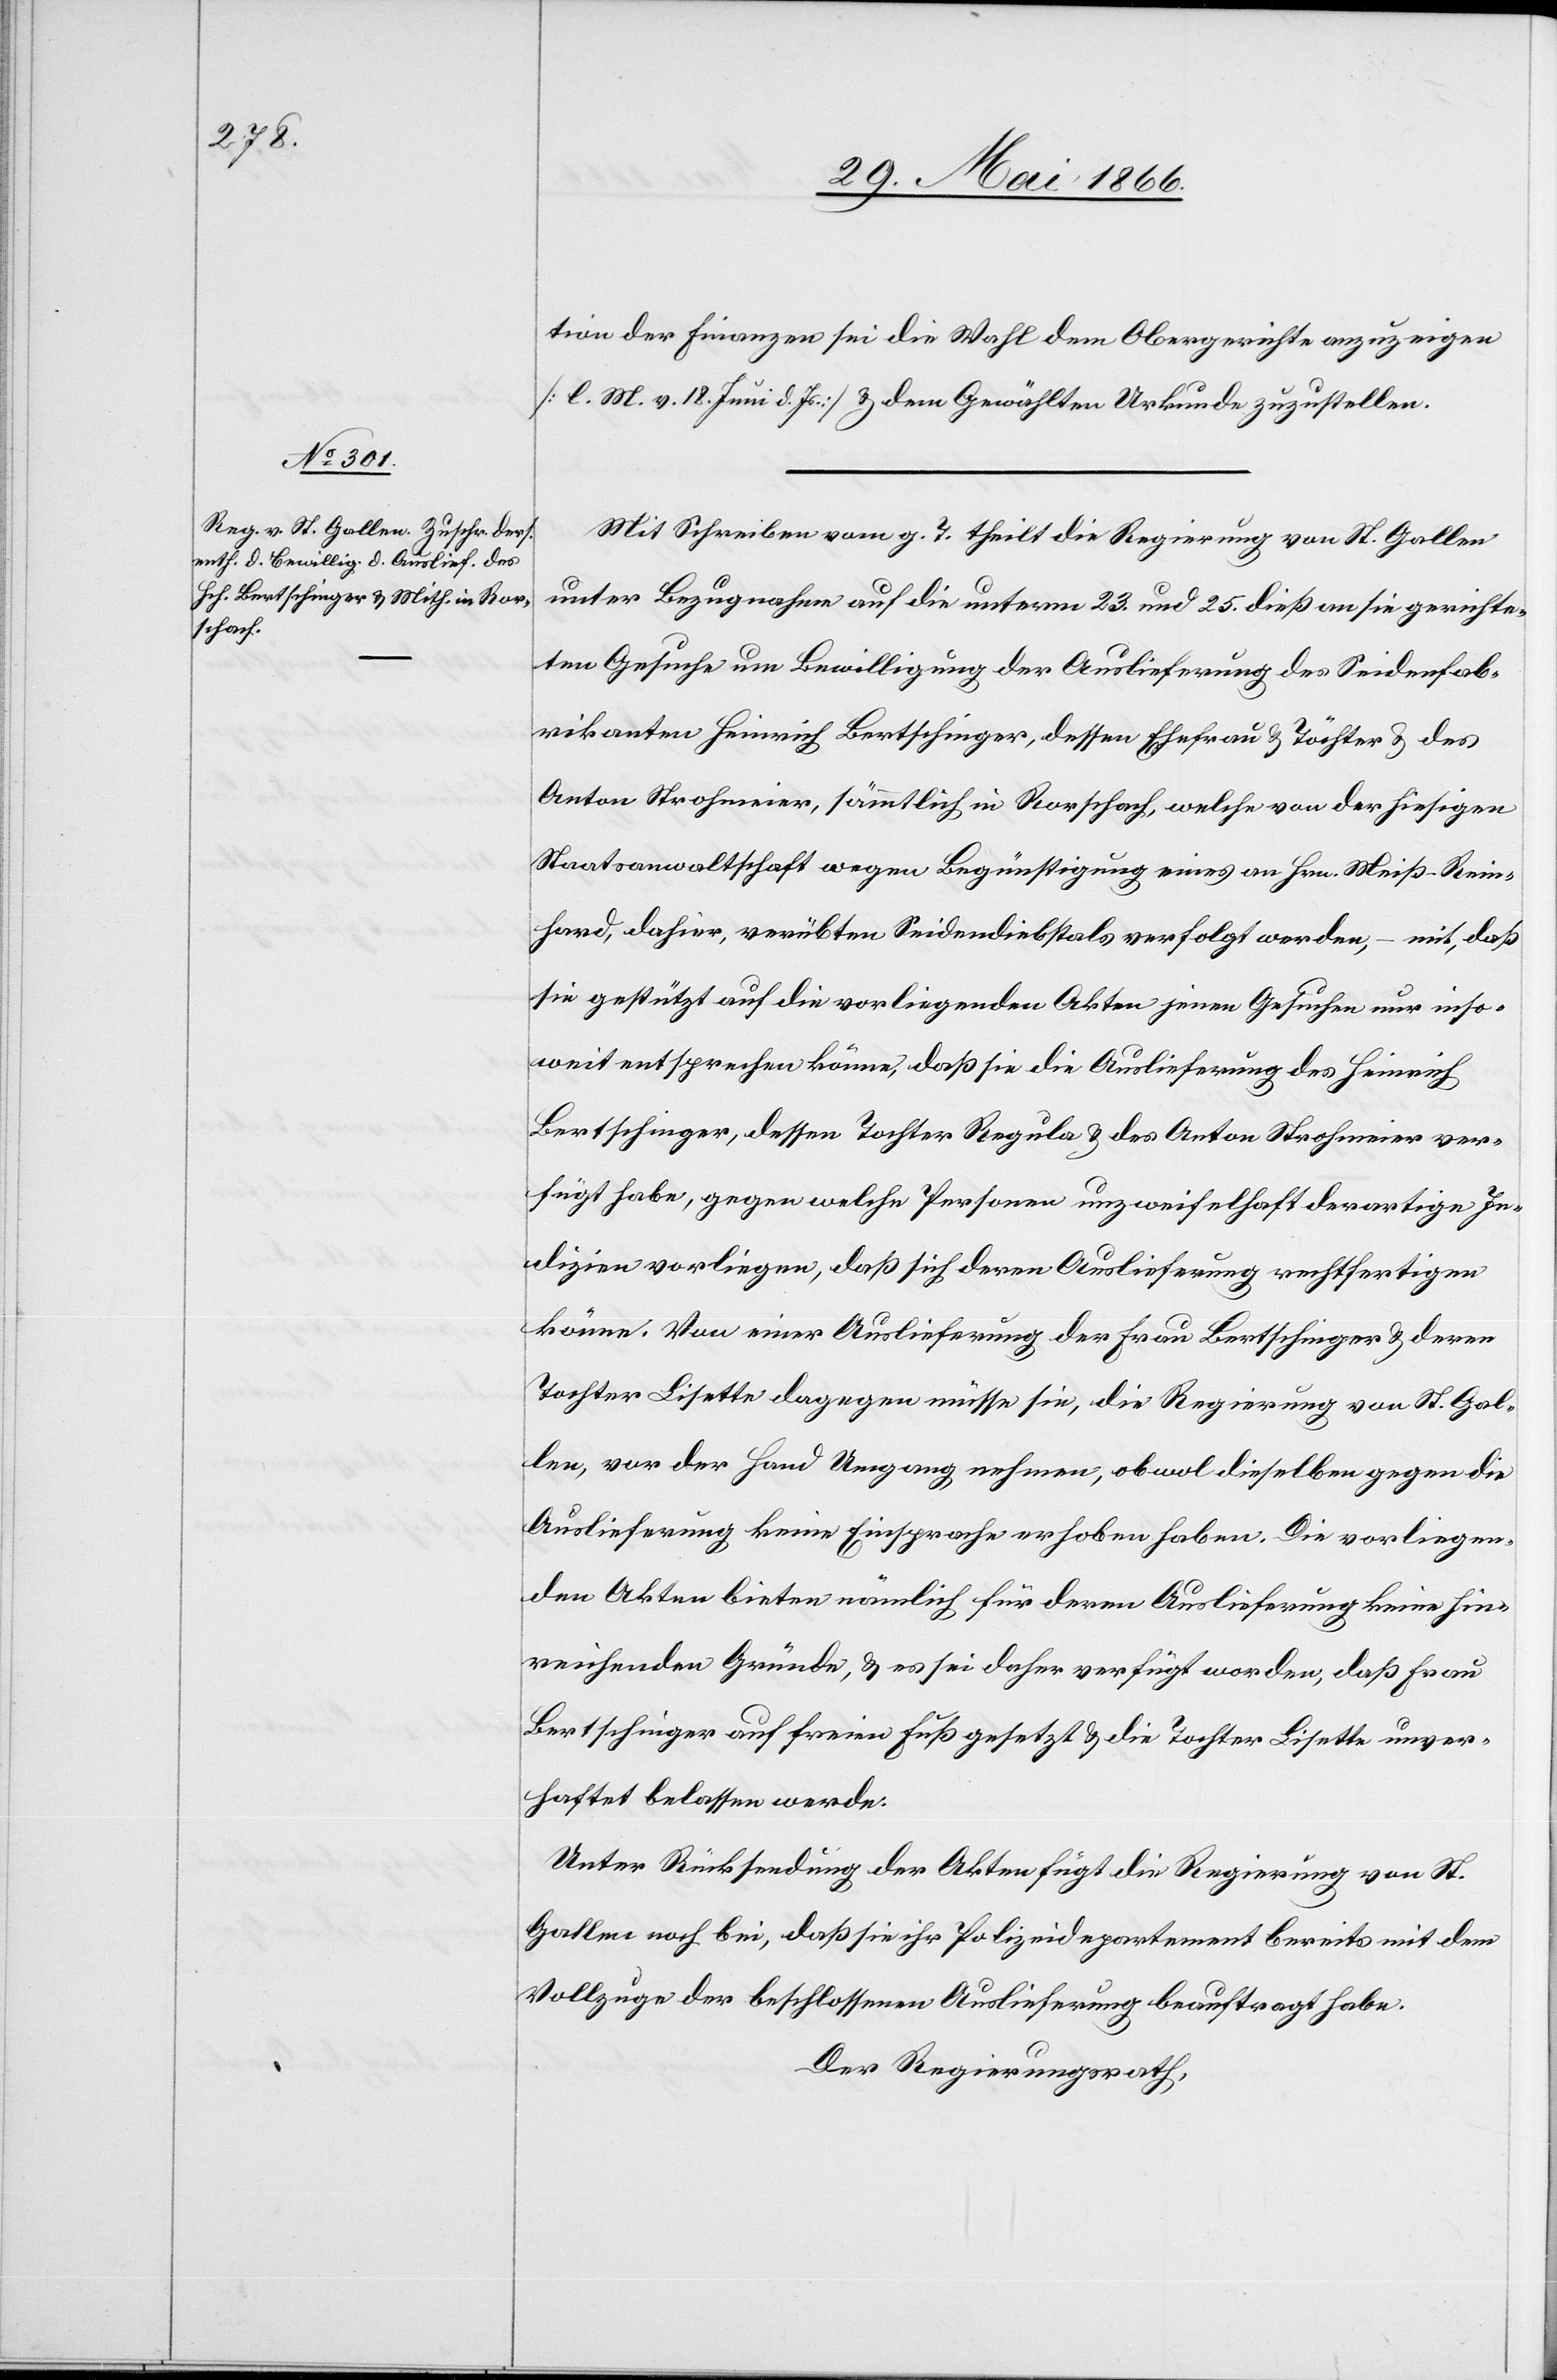
tion der Finanzen sei die Wahl dem Obergerichte anzuzeigen
[l. M. v. 18. Juni. d. Js.] u. dem Gewählten Urkunde zuzustellen.
Mit Schreiben vom g. T. theilt die Regierung von St. Gallen
unter Bezugnahme auf die unterm 23. und 25. dieß an sie gerichte¬
ten Gesuche um Bewilligung der Auslieferung des Seidenfab¬
rikanten Heinrich Bertschinger, dessen Ehefrau u. Töchter u. des
Anton Strohmeier, sämmtlich in Rorschach, welche von der hiesigen
Staatsanwaltschaft wegen Begünstigung eines an Hrn. Meiß-Rein¬
hard, dahier, verübten Seidendiebstals verfolgt werden, – mit, daß
sie gestützt auf die vorliegenden Akten jenen Gesuchen nur inso¬
weit entsprechen könne, daß sie die Auslieferung des Heinrich
Bertschinger, dessen Tochter Regula u. des Anton Strohmeier ver¬
fügt habe, gegen welche Personen unzweifelhaft derartige In¬
dizien vorliegen, daß sich deren Auslieferung rechtfertigen
könne. Von einer Auslieferung der Frau Bertschinger u. deren
Tochter Lisette dagegen müsse sie, die Regierung von St. Gal¬
len, vor der Hand Umgang nehmen, obwol dieselben gegen die
Auslieferung keine Einsprache erhoben haben. Die vorliegen¬
den Akten bieten nämlich für deren Auslieferung keine hin¬
reichenden Gründe, u. es sei daher verfügt worden, daß Frau
Bertschinger auf freien Fuß gesetzt u. die Tochter Lisette unver¬
haftet belassen werde.
Unter Rücksendung der Akten fügt die Regierung von St.
Gallen noch bei, daß sie ihr Polizeidepartement bereits mit dem
Vollzuge der beschlossenen Auslieferung beauftragt habe.
Der Regierungsrath,